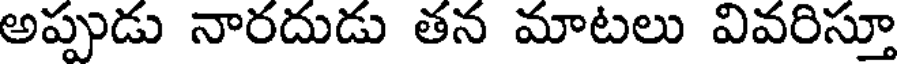
అప్పుడు నారదుడు తన మాటలు వివరిస్తూ